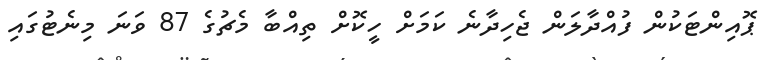
ޕޮއިންޓަކުން ފުއްދާލަން ޖެހިދާނެ ކަމަށް ހީކޮށް ތިއްބާ މެޗުގެ 87 ވަނަ މިނެޓުގައި